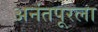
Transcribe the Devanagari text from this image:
अनंतपूरला